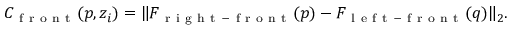
C _ { \mathrm { ~ f ~ r ~ o ~ n ~ t ~ } } ( p , z _ { i } ) = \| F _ { \mathrm { ~ r ~ i ~ g ~ h ~ t ~ - ~ f ~ r ~ o ~ n ~ t ~ } } ( p ) - F _ { \mathrm { ~ l ~ e ~ f ~ t ~ - ~ f ~ r ~ o ~ n ~ t ~ } } ( q ) \| _ { 2 } .